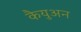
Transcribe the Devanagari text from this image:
कैयुअन